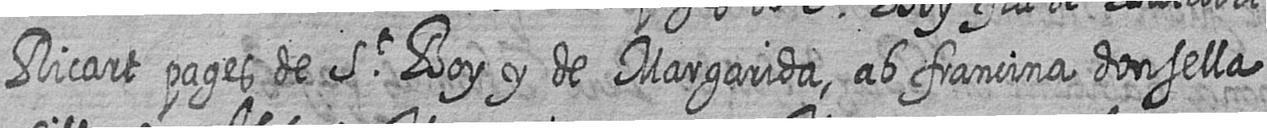
Ricart pages de St Boy y de Margarida ab francina donsella